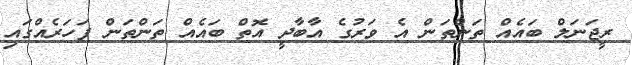
ރީޖަނަލް ބައެއް ތަންތަން އެ ވަރުގެ އާބާދީ އޮތް ބައެއް ތަންތަން ފަހަރެއްގައި